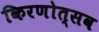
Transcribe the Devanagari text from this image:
किरणोत्सव